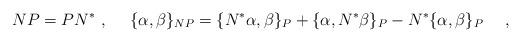
LaTeX: \begin{align*}N P = P N^*~,~~~~ \{\alpha,\beta\}_{NP}=\{N^*\alpha,\beta\}_P + \{\alpha,N^*\beta\}_P - N^*\{\alpha,\beta\}_P ~~~~,\end{align*}